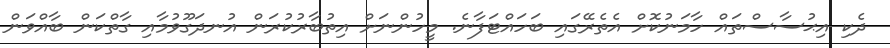
ދެކި އިޙުސާސްތައް ހާމަނުކޮށް އެތެރޭގައި ބަހައްޓަފާނެ. މީހުންނަށް އިތުބާރުކުރަން އުނދަގޫވުމާއި ގާތްކަން ބާއްވަން